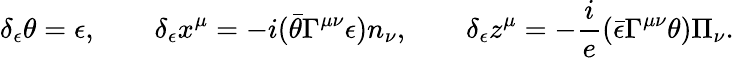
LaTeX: \delta_{\epsilon}\theta=\epsilon,\qquad\delta_{\epsilon}x^{\mu}=-i(\bar{\theta}\Gamma^{\mu\nu}\epsilon)n_{\nu},\qquad\delta_{\epsilon}z^{\mu}=-\frac{i}{e}(\bar{\epsilon}\Gamma^{\mu\nu}\theta)\Pi_{\nu}.